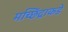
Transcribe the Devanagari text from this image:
मच्छिंद्राकडे